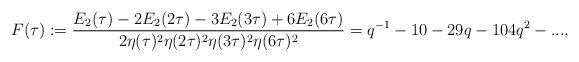
LaTeX: \begin{align*}F(\tau):=\frac{E_2(\tau)-2E_2(2\tau)-3E_2(3\tau)+6E_2(6\tau)}{2\eta(\tau)^2\eta(2\tau)^2\eta(3\tau)^2\eta(6\tau)^2}=q^{-1}-10-29q-104q^2-...,\end{align*}